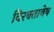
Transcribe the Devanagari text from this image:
विरक्तावेष